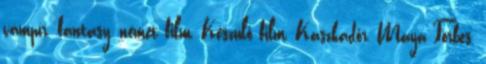
vámpír, fantasy, német film, Készülő film, Kaszkadőr, Maya Forbes,